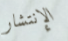
الإنتشار